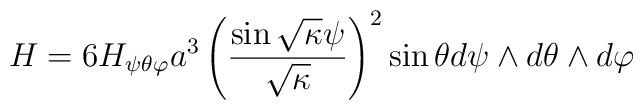
H = 6 H_{\psi \theta \varphi} a^3  \left( \frac{\sin \sqrt{\kappa} \psi}{\sqrt{\kappa}} \right)^2 \sin \theta d\psi \wedge d \theta \wedge d \varphi